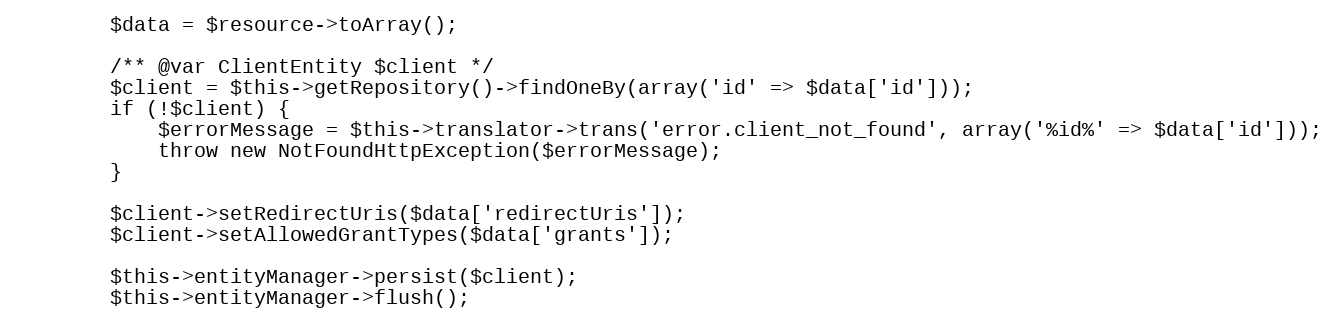
Language: PHP
        $data = $resource->toArray();

        /** @var ClientEntity $client */
        $client = $this->getRepository()->findOneBy(array('id' => $data['id']));
        if (!$client) {
            $errorMessage = $this->translator->trans('error.client_not_found', array('%id%' => $data['id']));
            throw new NotFoundHttpException($errorMessage);
        }

        $client->setRedirectUris($data['redirectUris']);
        $client->setAllowedGrantTypes($data['grants']);

        $this->entityManager->persist($client);
        $this->entityManager->flush();